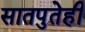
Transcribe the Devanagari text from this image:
सातपुतेही